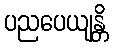
ပညပေယျန္တိ